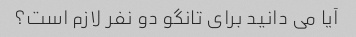
آیا می دانید برای تانگو دو نفر لازم است؟